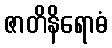
ဇာတိနိရောဓံ